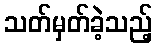
သတ်မှတ်ခဲ့သည့်